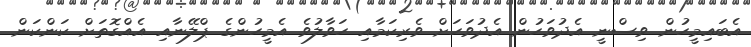
އެބައިމީހުން ވިސްނީ އެދުވަހުން އެދުވަހަށް ވެރިކަމާއި ހަވާލުވެ އެމީހުންގެ ޕްލޭނާއި އެއްގޮތަށް ކަންކަން